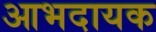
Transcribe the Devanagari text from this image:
आभदायक